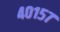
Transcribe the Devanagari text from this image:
४०१५७